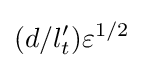
(d/l_{t}')\varepsilon ^{1/2}